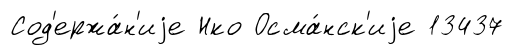
Сод'ержа́н'иjе Нко Осма́нск'иjе 13437